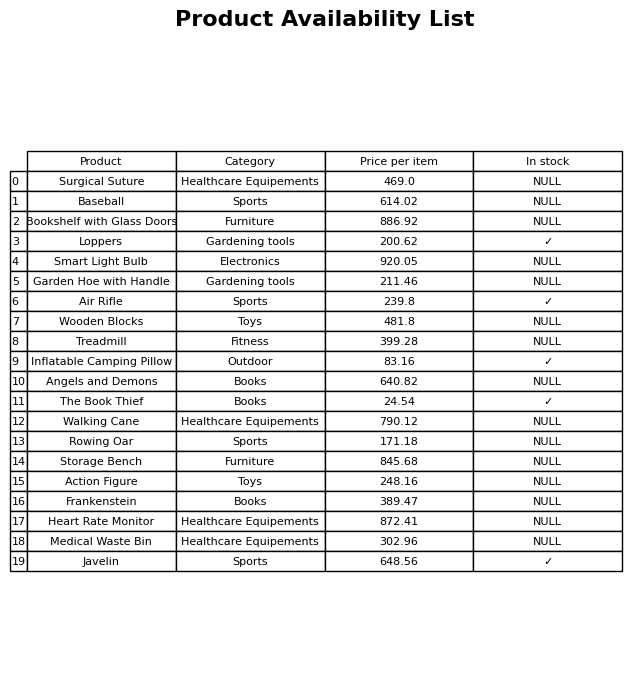
question: What is the price for Inflatable Camping Pillow?
answer: The price of Inflatable Camping Pillow is 83.16.